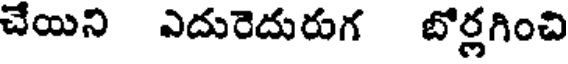
చేయిన ఎదురెదురుగ బోర్లగించి